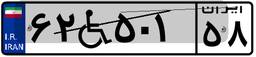
۴۲W۷۲۴۴۸